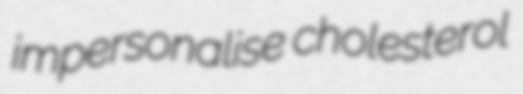
impersonalise cholesterol